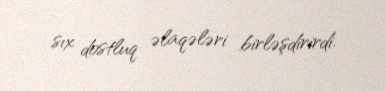
sıx dostluq əlaqələri birləşdirirdi.